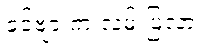
ခင်ဗျားက လမ်းပြလား။